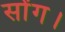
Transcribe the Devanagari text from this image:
सोंग।